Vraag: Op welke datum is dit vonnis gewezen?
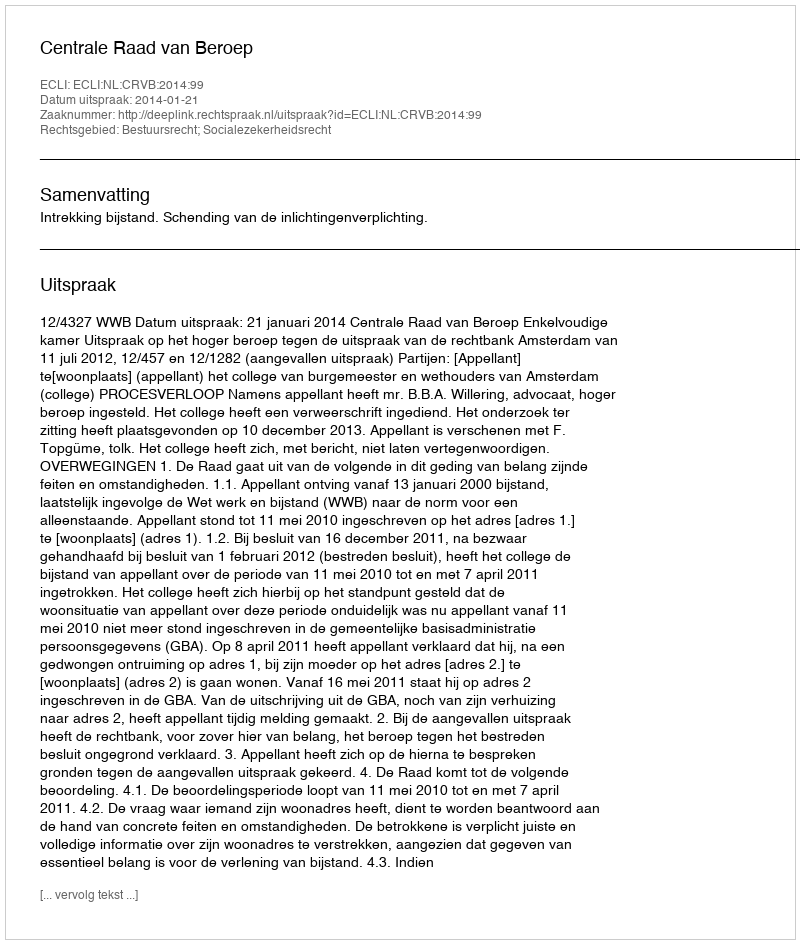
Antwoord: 2014-01-21